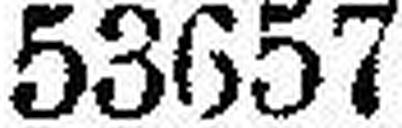
53657